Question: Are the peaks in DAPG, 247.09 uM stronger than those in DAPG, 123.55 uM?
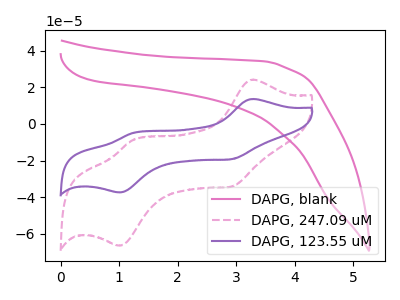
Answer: <think>The pink curve "DAPG, blank" has no peaks. The pink dashed curve "DAPG, 247.09 uM" has anodic peaks at (3.30V, 24.20uA) (1.25V, -8.95uA) and cathodic peaks at (2.90V, -34.25uA) (1.00V, -66.55uA). The purple curve "DAPG, 123.55 uM" has anodic peaks at (3.30V, 13.60uA) (1.25V, -5.00uA) and cathodic peaks at (2.90V, -19.30uA) (1.00V, -37.45uA).</think>
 <answer>The peaks in "DAPG, 247.09 uM" are neither all higher or all lower than the peaks in "DAPG, 123.55 uM".</answer>
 <eval>mixed</eval>